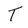
Character: T